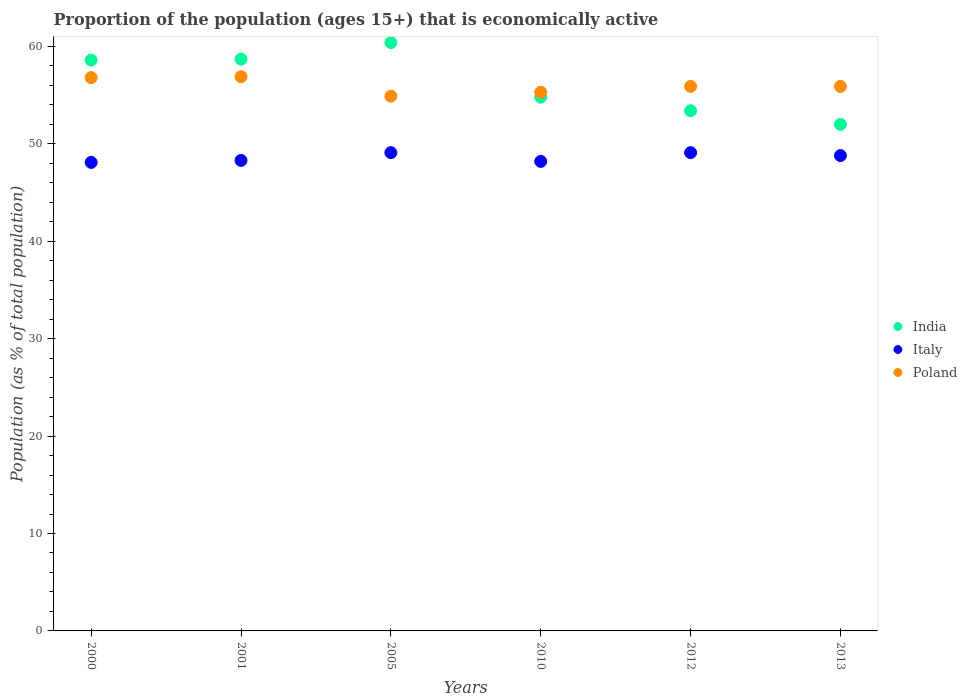
| Years | India | Italy | Poland |
 | --- | --- | --- | --- |
 | 2000 | 58.6 | 48.1 | 56.8 |
 | 2001 | 58.7 | 48.3 | 56.9 |
 | 2005 | 60.4 | 49.1 | 54.9 |
 | 2010 | 54.8 | 48.2 | 55.3 |
 | 2012 | 53.4 | 49.1 | 55.9 |
 | 2013 | 52 | 48.8 | 55.9 |